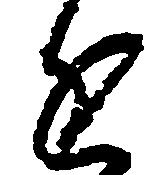
進